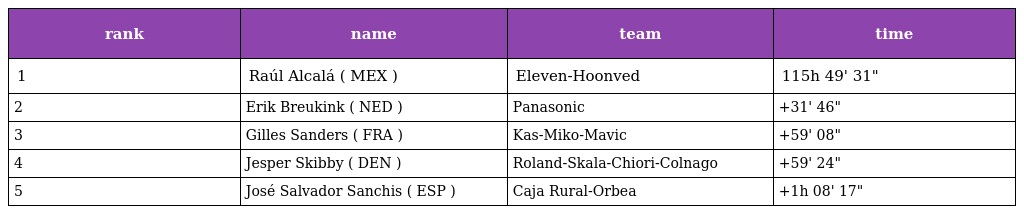
| rank | name | team | time |
 | --- | --- | --- | --- |
 | 1 | Raúl Alcalá ( MEX ) | Eleven-Hoonved | 115h 49' 31" |
 | 2 | Erik Breukink ( NED ) | Panasonic | +31' 46" |
 | 3 | Gilles Sanders ( FRA ) | Kas-Miko-Mavic | +59' 08" |
 | 4 | Jesper Skibby ( DEN ) | Roland-Skala-Chiori-Colnago | +59' 24" |
 | 5 | José Salvador Sanchis ( ESP ) | Caja Rural-Orbea | +1h 08' 17" |